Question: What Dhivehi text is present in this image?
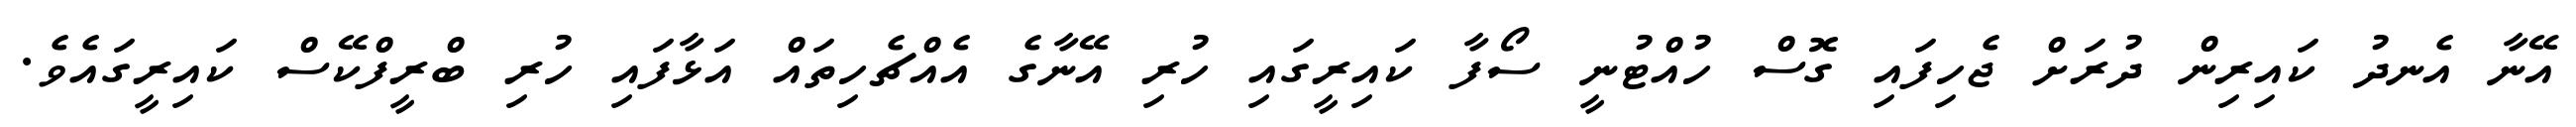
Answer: އޭނާ އެނދު ކައިރިން ދުރަށް ޖެހިފައި ގޮސް ހުއްޓުނީ ސޯފާ ކައިރީގައި ހުރި އޭނާގެ އެއްޗެހިތައް އަޅާފައި ހުރި ބްރީފްކޭސް ކައިރީގައެވެ.